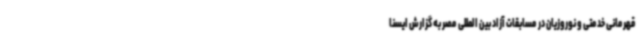
قهرمانی خدمتی و نوروزیان در مسابقات آزاد بین المللی مصر به گزارش ایسنا